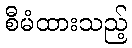
စီမံထားသည့်